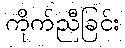
ကိုက်ညီခြင်း